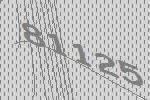
81125